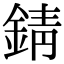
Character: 錆